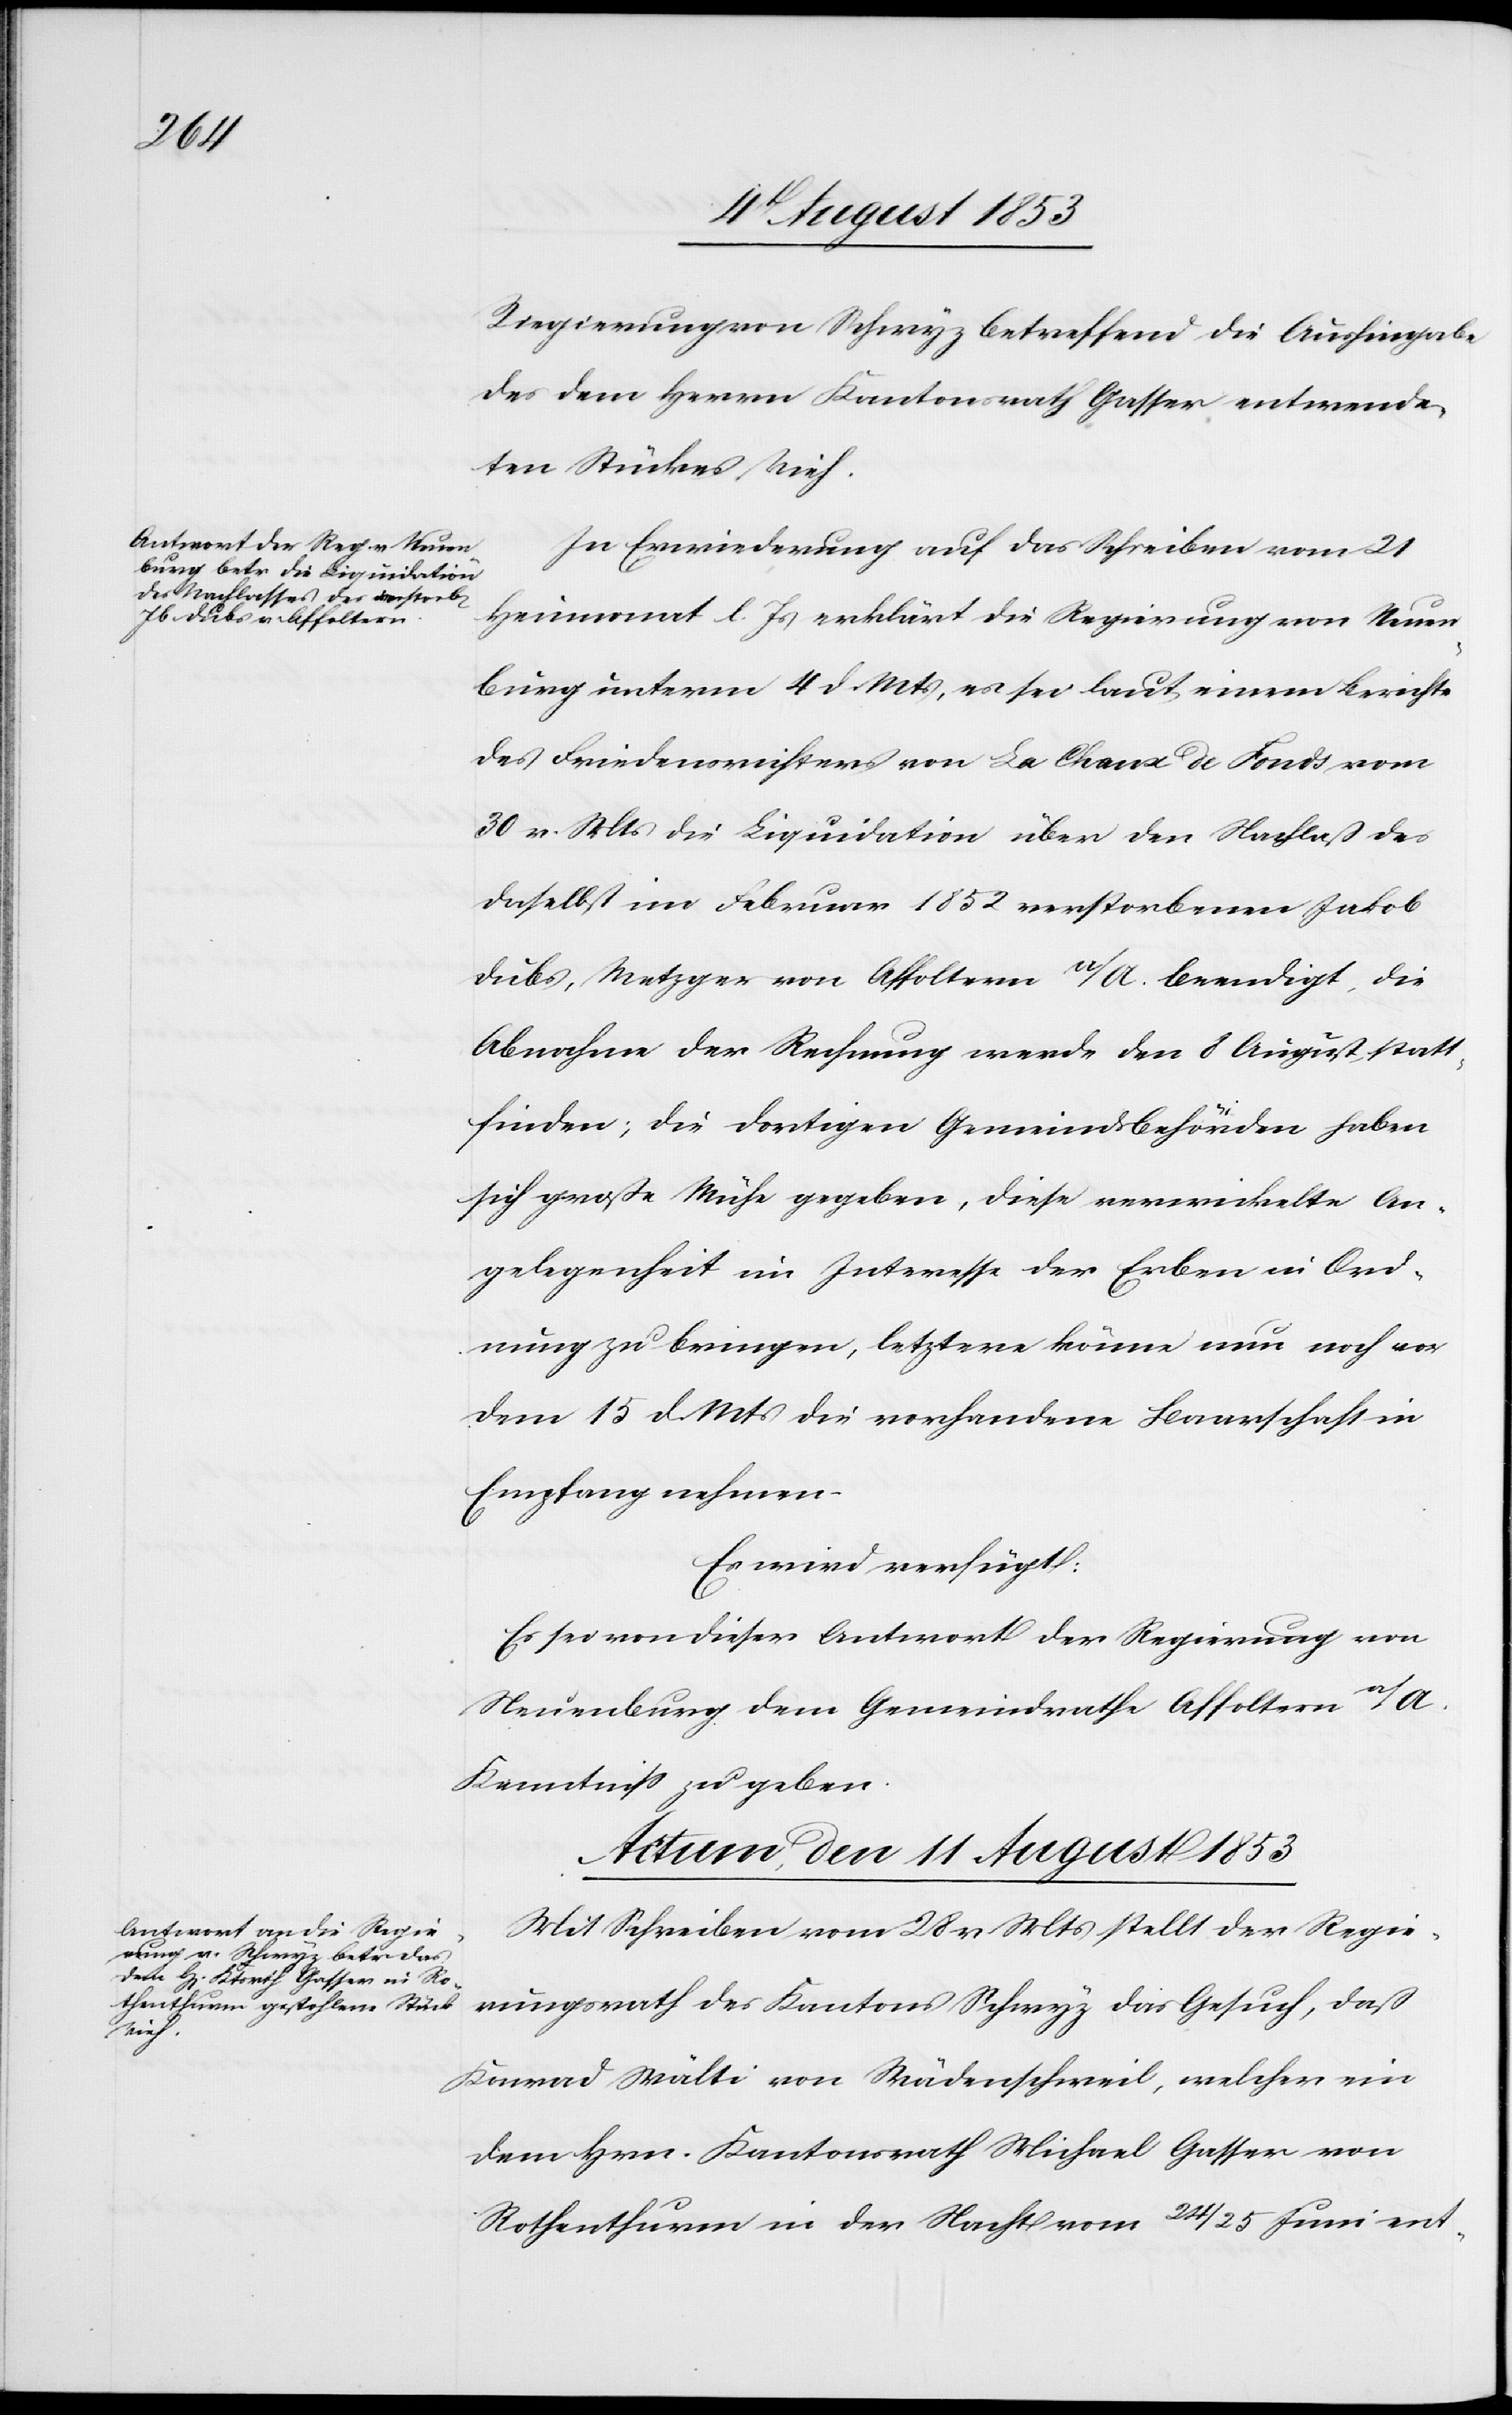
9t August 1853]
Regierungen von Schwyz betreffend die Aushingabe
des dem Herrn Kantonsrath Gasser entwende¬
ten Stückes Vieh.
In Erwiederung auf das Schreiben vom 21
Heumonat l. Js. erklärt die Regierung von Neuen¬
burg unterm 4 d. Mts., es sei laut einem Berichte
des Friedensrichters von La Chaux de Fonds vom
30 v. Mts. die Liquidation über den Nachlaß des
daselbst im Februar 1852 verstorbenen Jakob
Dubs, Metzger von Affoltern a/A. beendigt, die
Abnahme der Rechnung werde den 8 August statt¬
finden; die dortigen Gemeindsbehörden haben
sich große Mühe gegeben, diese verwickelte An¬
gelegenheit im Interesse der Erben in Ord¬
nung zu bringen, letztere können nun noch vor
dem 15 d. Mts. die vorhandene Baarschaft in
Empfang nehmen.
Es wird verfügt:
Es sei von dieser Antwort der Regierung von
Neuenburg dem Gemeindrathe Affoltern a/A.
Kenntniß zu geben.
Actum, den 11 August 1853
Mit Schreiben vom 28 v. Mts. stellt der Regie¬
rungsrath des Kantons Schwyz das Gesuch, daß
Konrad Wälti von Wädenschweil, welcher ein
dem Hrn. Kantonsrath Michael Gasser von
Rothenthurm in der Nacht vom 24/25 Juni ent-